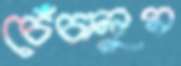
চেঁচালুম